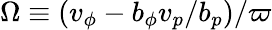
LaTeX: \Omega\equiv(v_{\phi}-b_{\phi}v_{p}/b_{p})/\varpi